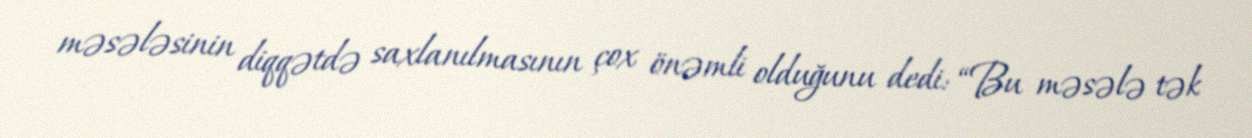
məsələsinin diqqətdə saxlanılmasının çox önəmli olduğunu dedi: “Bu məsələ tək